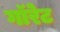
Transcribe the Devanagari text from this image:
गॉरेट